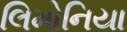
લિમોનિયા